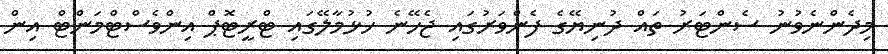
މިދެންނެވުނު ސެންޓަރު ތައް ދުނިޔޭގެ ފެންވަރުގައި ޖެހޭނެ ހުޅުމާލޭގައި ޓްރީޓޮޕް އިންވެސްޓްމަންޓް އިން